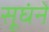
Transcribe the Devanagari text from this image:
सूघंने